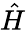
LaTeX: \hat{H}